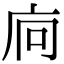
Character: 𢇺